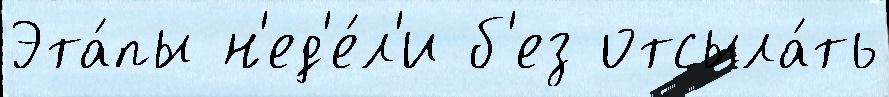
Эта́пы н'ед'е́л'и б'ез отсыла́ть